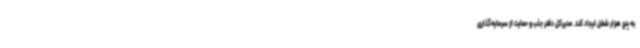
به پنج هزار شغل ایجاد کند. مدیرکل دفتر جذب و حمایت از سرمایه‌گذاری